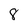
Character: 8